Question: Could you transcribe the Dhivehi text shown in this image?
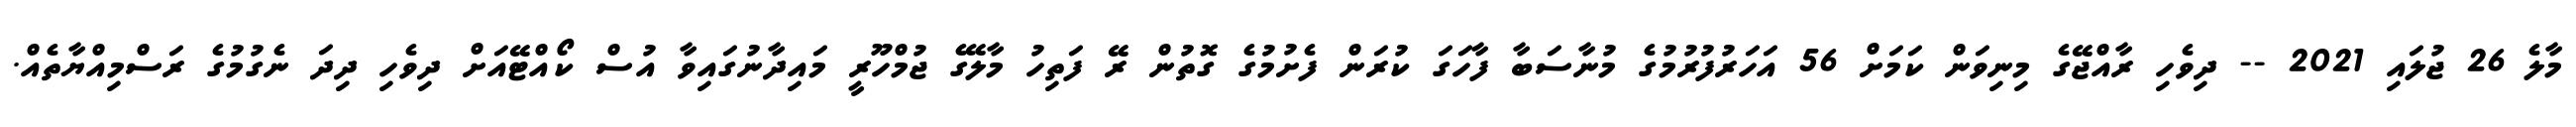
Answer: މާލެ 26 ޖުލައި 2021 -- ދިވެހި ރާއްޖޭގެ މިނިވަން ކަމަށް 56 އަހަރުފުރުމުގެ މުނާސަބާ ފާހަގަ ކުރަން ފެށުމުގެ ގޮތުން ރޭ ފަތިހު މާލޭގެ ޖުމްހޫރީ މައިދާނުގައިވާ އުސް ކޯއްޓޭއަށް ދިވެހި ދިދަ ނެގުމުގެ ރަސްމިއްޔާތެއް.